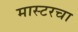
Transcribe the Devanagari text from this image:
मास्टरचा